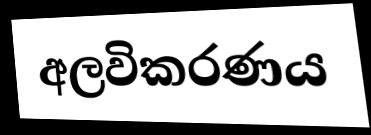
අලවිකරණය